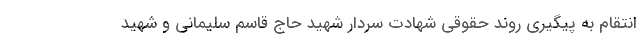
انتقام به پیگیری روند حقوقی شهادت سردار شهید حاج قاسم سلیمانی و شهید